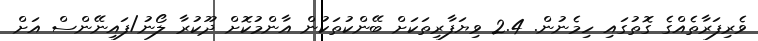
ވެރިފަރާތެއްގެ ގޮތުގައި ހިމެނުން. 2.4 ވިޔަފާރިތަކަށް ބޭންކުތަކުން އާންމުކޮށް ދޫކުރާ ލޯނު/ފައިނޭންސް އަށް